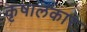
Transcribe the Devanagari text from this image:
कृषालंकार